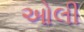
ઓલી